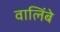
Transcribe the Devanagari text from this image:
वालिंबे